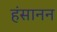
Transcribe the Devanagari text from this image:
हंसानन